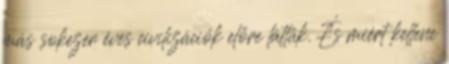
más sokezer éves civilizációk előre látták. És miért kellene